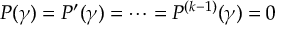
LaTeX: P ( \gamma ) = P ^ { \prime } ( \gamma ) = \cdots = P ^ { ( k - 1 ) } ( \gamma ) = 0